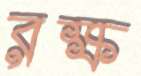
রক্ষ